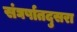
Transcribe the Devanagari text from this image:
संघर्षातदुसरा